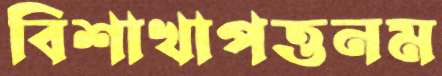
বিশাখাপত্তনম